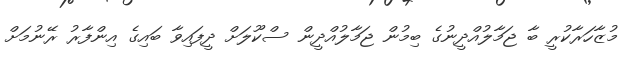
މުޒާހަރާކުރީ ބާ ޖަމާލުއްދީނުގެ ބިމުން ޖަމާލުއްދީން ސްކޫލަށް ދީފައިވާ ބައިގެ އިންފާރު ރޭނުމަށް